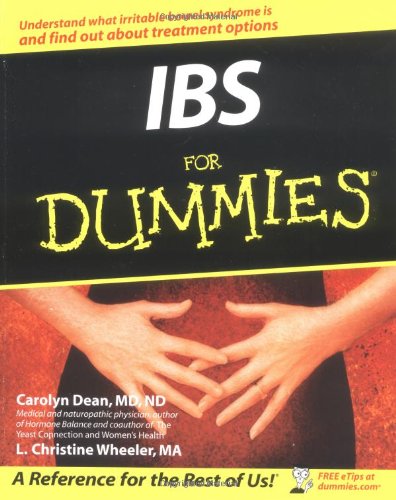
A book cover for IBS For Dummies; Carolyn Dean; Health, Fitness & Dieting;